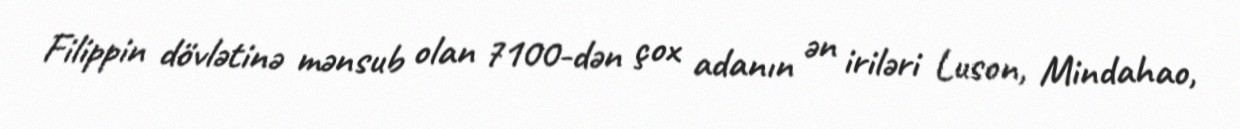
Filippin dövlətinə mənsub olan 7100-dən çox adanın ən iriləri Luson, Mindahao,